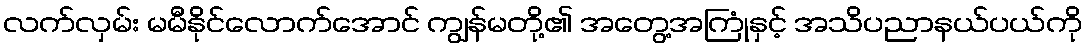
လက်လှမ်း မမီနိုင်လောက်အောင် ကျွန်မတို့၏ အတွေ့အကြုံနှင့် အသိပညာနယ်ပယ်ကို